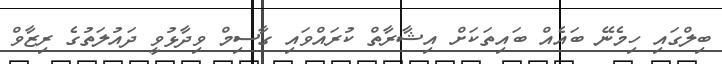
ބިލްގައި ހިމެނޭ ބައެއް ބައިތަކަށް އިޝާރާތް ކުރައްވައި ގާސިމް ވިދާޅުވީ ދައުލަތުގެ ރިޒާވް